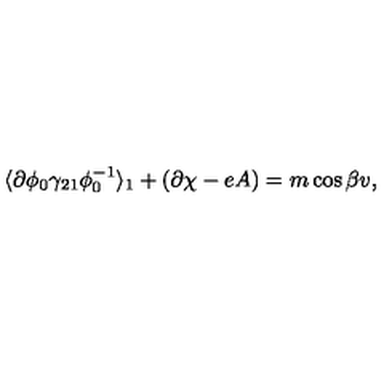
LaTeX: \langle \partial \phi _ { 0 } \gamma _ { 2 1 } \phi _ { 0 } ^ { - 1 } \rangle _ { 1 } + ( \partial \chi - e A ) = m \cos { \beta } v ,